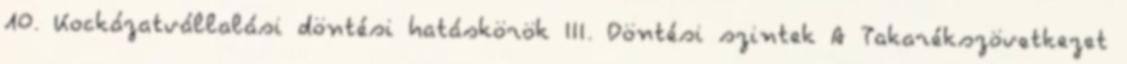
10. Kockázatvállalási döntési hatáskörök III. Döntési szintek A Takarékszövetkezet